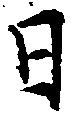
日